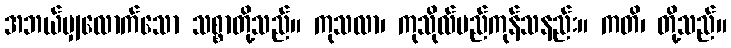
အဘယ်မျှလောက်သော သစ္စာတို့သည်။ ကုသလာ၊ ကုသိုလ်မည်ကုန်သနည်း။ ကတိ၊ တို့သည်။